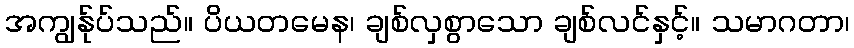
အကျွန်ုပ်သည်။ ပိယတမေန၊ ချစ်လှစွာသော ချစ်လင်နှင့်။ သမာဂတာ၊